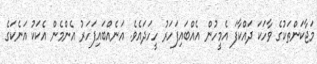
މަޖާކަންތަކުގެ ވާހަކަ ދައްކާފަ އެމީހުން އެއްބައިފަހަރު ހީހަދައެވެ. އަނެއްބައިފަހަރު އެންމެން އެކަކު އަނެކަގެ